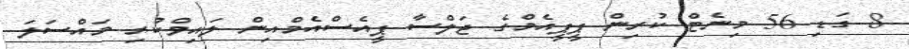
8 ގަޑި 56 މިނެޓް ކުރިން ޕީޕީއެމްގެ ޖަލްސާ ޕީއެސްއެމްއިން ލައިވްކުރި މައްސަލަ